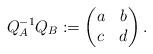
\begin{align*}Q_A^{-1}Q_B:=\begin{pmatrix}a & b \\ c & d\end{pmatrix}.\end{align*}